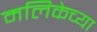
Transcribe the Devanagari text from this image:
मलिकेच्या